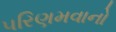
પરિણમવાનો